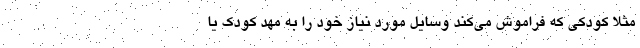
مثلا کودکی که فراموش می‌کند وسایل مورد نیاز خود را به مهد کودک یا